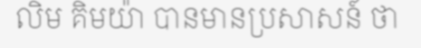
លិម គិមយ៉ា បានមានប្រសាសន៍ ថា